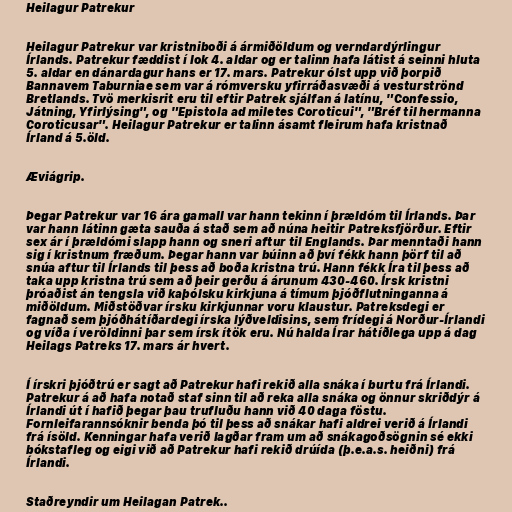
Heilagur Patrekur

Heilagur Patrekur var kristniboði á ármiðöldum og verndardýrlingur
Írlands. Patrekur fæddist í lok 4. aldar og er talinn hafa látist á seinni hluta
5. aldar en dánardagur hans er 17. mars. Patrekur ólst upp við þorpið
Bannavem Taburniae sem var á rómversku yfirráðasvæði á vesturströnd
Bretlands. Tvö merkisrit eru til eftir Patrek sjálfan á latínu, "Confessio,
Játning, Yfirlýsing", og "Epistola ad miletes Coroticui", "Bréf til hermanna
Coroticusar". Heilagur Patrekur er talinn ásamt fleirum hafa kristnað
Írland á 5.öld.

Æviágrip.

Þegar Patrekur var 16 ára gamall var hann tekinn í þrældóm til Írlands. Þar
var hann látinn gæta sauða á stað sem að núna heitir Patreksfjörður. Eftir
sex ár í þrældómi slapp hann og sneri aftur til Englands. Þar menntaði hann
sig í kristnum fræðum. Þegar hann var búinn að því fékk hann þörf til að
snúa aftur til Írlands til þess að boða kristna trú. Hann fékk Íra til þess að
taka upp kristna trú sem að þeir gerðu á árunum 430-460. Írsk kristni
þróaðist án tengsla við kaþólsku kirkjuna á tímum þjóðflutninganna á
miðöldum. Miðstöðvar írsku kirkjunnar voru klaustur. Patreksdegi er
fagnað sem þjóðhátíðardegi írska lýðveldisins, sem frídegi á Norður-Írlandi
og víða í veröldinni þar sem írsk ítök eru. Nú halda Írar hátíðlega upp á dag
Heilags Patreks 17. mars ár hvert.

Í írskri þjóðtrú er sagt að Patrekur hafi rekið alla snáka í burtu frá Írlandi.
Patrekur á að hafa notað staf sinn til að reka alla snáka og önnur skriðdýr á
Írlandi út í hafið þegar þau trufluðu hann við 40 daga föstu.
Fornleifarannsóknir benda þó til þess að snákar hafi aldrei verið á Írlandi
frá ísöld. Kenningar hafa verið lagðar fram um að snákagoðsögnin sé ekki
bókstafleg og eigi við að Patrekur hafi rekið drúída (þ.e.a.s. heiðni) frá
Írlandi.

Staðreyndir um Heilagan Patrek..